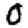
Digit: 0